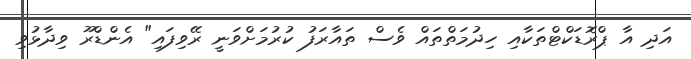
އަދި އާ ޕްރޮޑަކްޓްތަކާއި ހިިދުމަތްތައް ވެސް ތައާރަފު ކުރުމަށްވަނީ ރޭވިފައި" އެންޑްރޫ ވިދާޅުވި